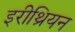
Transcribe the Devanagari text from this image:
इरीथ्रियन